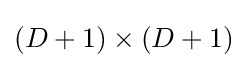
(D+1)\times (D+1)